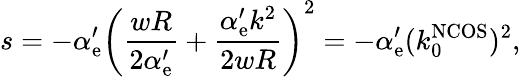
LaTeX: s=-\alpha_{\mathrm{e}}^{\prime}\left(\frac{{wR}}{{2\alpha_{\mathrm{e}}^{\prime}}}+\frac{{\alpha_{\mathrm{e}}^{\prime}k^{2}}}{{2wR}}\right)^{2}=-\alpha_{\mathrm{e}}^{\prime}(k_{0}^{\mathrm{{NCOS}}})^{2},